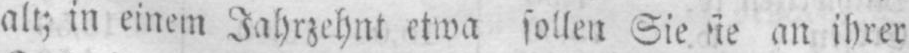
an ihrer